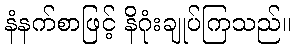
နံနက်စာဖြင့် နိဂုံးချုပ်ကြသည်။